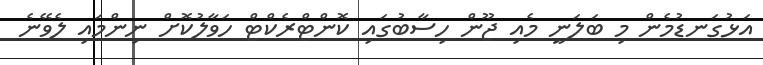
އަޅުގަނޑުމެން މި ބަލަނީ މެއި ޖޫން ހިސާބުގައި ކޮންޓްރެކްޓް ހަވާލުކޮށް ނިންމައި ލެވޭނެ